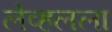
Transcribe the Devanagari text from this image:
लेव्हलला